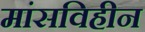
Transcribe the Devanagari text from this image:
मांसविहीन